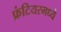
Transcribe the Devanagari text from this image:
फ्रंटियरमध्ये